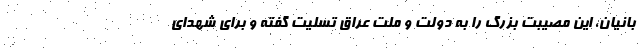
بانیان، این مصیبت بزرگ را به دولت و ملت عراق تسلیت گفته و برای شهدای